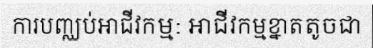
ការបញ្ឈប់អាជីវកម្ម: អាជីវកម្មខ្នាតតូចជា